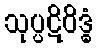
သုပ္ပဋိဝိဒ္ဓံ